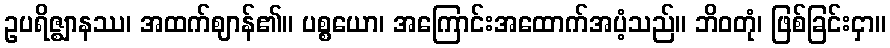
ဥပရိဇ္ဈာနဿ၊ အထက်ဈာန်၏။ ပစ္စယော၊ အကြောင်းအထောက်အပံ့သည်။ ဘိဝတုံ၊ ဖြစ်ခြင်းငှာ။